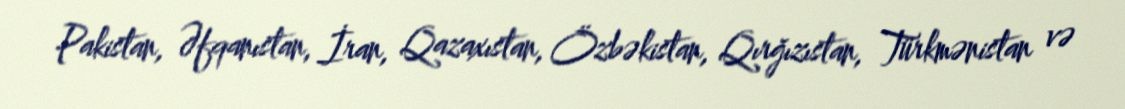
Pakistan, Əfqanıstan, İran, Qazaxıstan, Özbəkistan, Qırğızıstan, Türkmənistan və